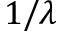
1 / \lambda